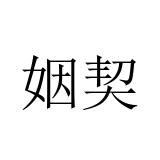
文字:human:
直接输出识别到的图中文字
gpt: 姻契